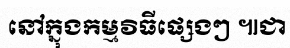
នៅក្នុងកម្មវិធីផ្សេងៗ ៕ជា